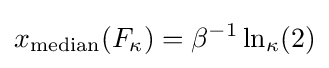
x_{\textrm {median}}(F_{\kappa })=\beta ^{-1}\ln _{\kappa }(2)